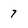
Character: 7